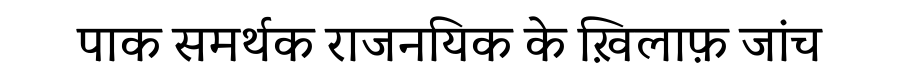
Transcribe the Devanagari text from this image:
पाक समर्थक राजनयिक के ख़िलाफ़ जांच